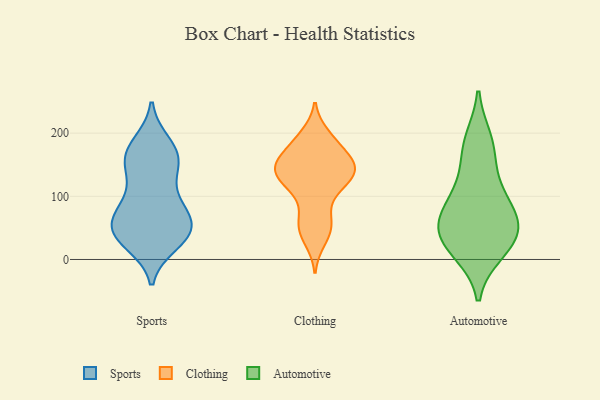
{"axis": {"x": "Shipments", "y": "Value"}, "legend": ["Automotive", "Clothing", "Sports"], "data": [{"x": "", "y": 143, "type": "Sports"}, {"x": "", "y": 163, "type": "Sports"}, {"x": "", "y": 155, "type": "Sports"}, {"x": "", "y": 49, "type": "Sports"}, {"x": "", "y": 92, "type": "Sports"}, {"x": "", "y": 53, "type": "Sports"}, {"x": "", "y": 183, "type": "Sports"}, {"x": "", "y": 175, "type": "Sports"}, {"x": "", "y": 35, "type": "Sports"}, {"x": "", "y": 88, "type": "Sports"}, {"x": "", "y": 169, "type": "Sports"}, {"x": "", "y": 56, "type": "Sports"}, {"x": "", "y": 72, "type": "Sports"}, {"x": "", "y": 41, "type": "Sports"}, {"x": "", "y": 85, "type": "Sports"}, {"x": "", "y": 34, "type": "Sports"}, {"x": "", "y": 26, "type": "Sports"}, {"x": "", "y": 137, "type": "Sports"}, {"x": "", "y": 42, "type": "Sports"}, {"x": "", "y": 155, "type": "Clothing"}, {"x": "", "y": 156, "type": "Clothing"}, {"x": "", "y": 70, "type": "Clothing"}, {"x": "", "y": 111, "type": "Clothing"}, {"x": "", "y": 53, "type": "Clothing"}, {"x": "", "y": 180, "type": "Clothing"}, {"x": "", "y": 131, "type": "Clothing"}, {"x": "", "y": 144, "type": "Clothing"}, {"x": "", "y": 109, "type": "Clothing"}, {"x": "", "y": 51, "type": "Clothing"}, {"x": "", "y": 147, "type": "Clothing"}, {"x": "", "y": 29, "type": "Clothing"}, {"x": "", "y": 198, "type": "Clothing"}, {"x": "", "y": 154, "type": "Clothing"}, {"x": "", "y": 136, "type": "Clothing"}, {"x": "", "y": 126, "type": "Clothing"}, {"x": "", "y": 188, "type": "Clothing"}, {"x": "", "y": 42, "type": "Automotive"}, {"x": "", "y": 40, "type": "Automotive"}, {"x": "", "y": 128, "type": "Automotive"}, {"x": "", "y": 53, "type": "Automotive"}, {"x": "", "y": 62, "type": "Automotive"}, {"x": "", "y": 175, "type": "Automotive"}, {"x": "", "y": 12, "type": "Automotive"}, {"x": "", "y": 18, "type": "Automotive"}, {"x": "", "y": 189, "type": "Automotive"}, {"x": "", "y": 83, "type": "Automotive"}, {"x": "", "y": 94, "type": "Automotive"}]}